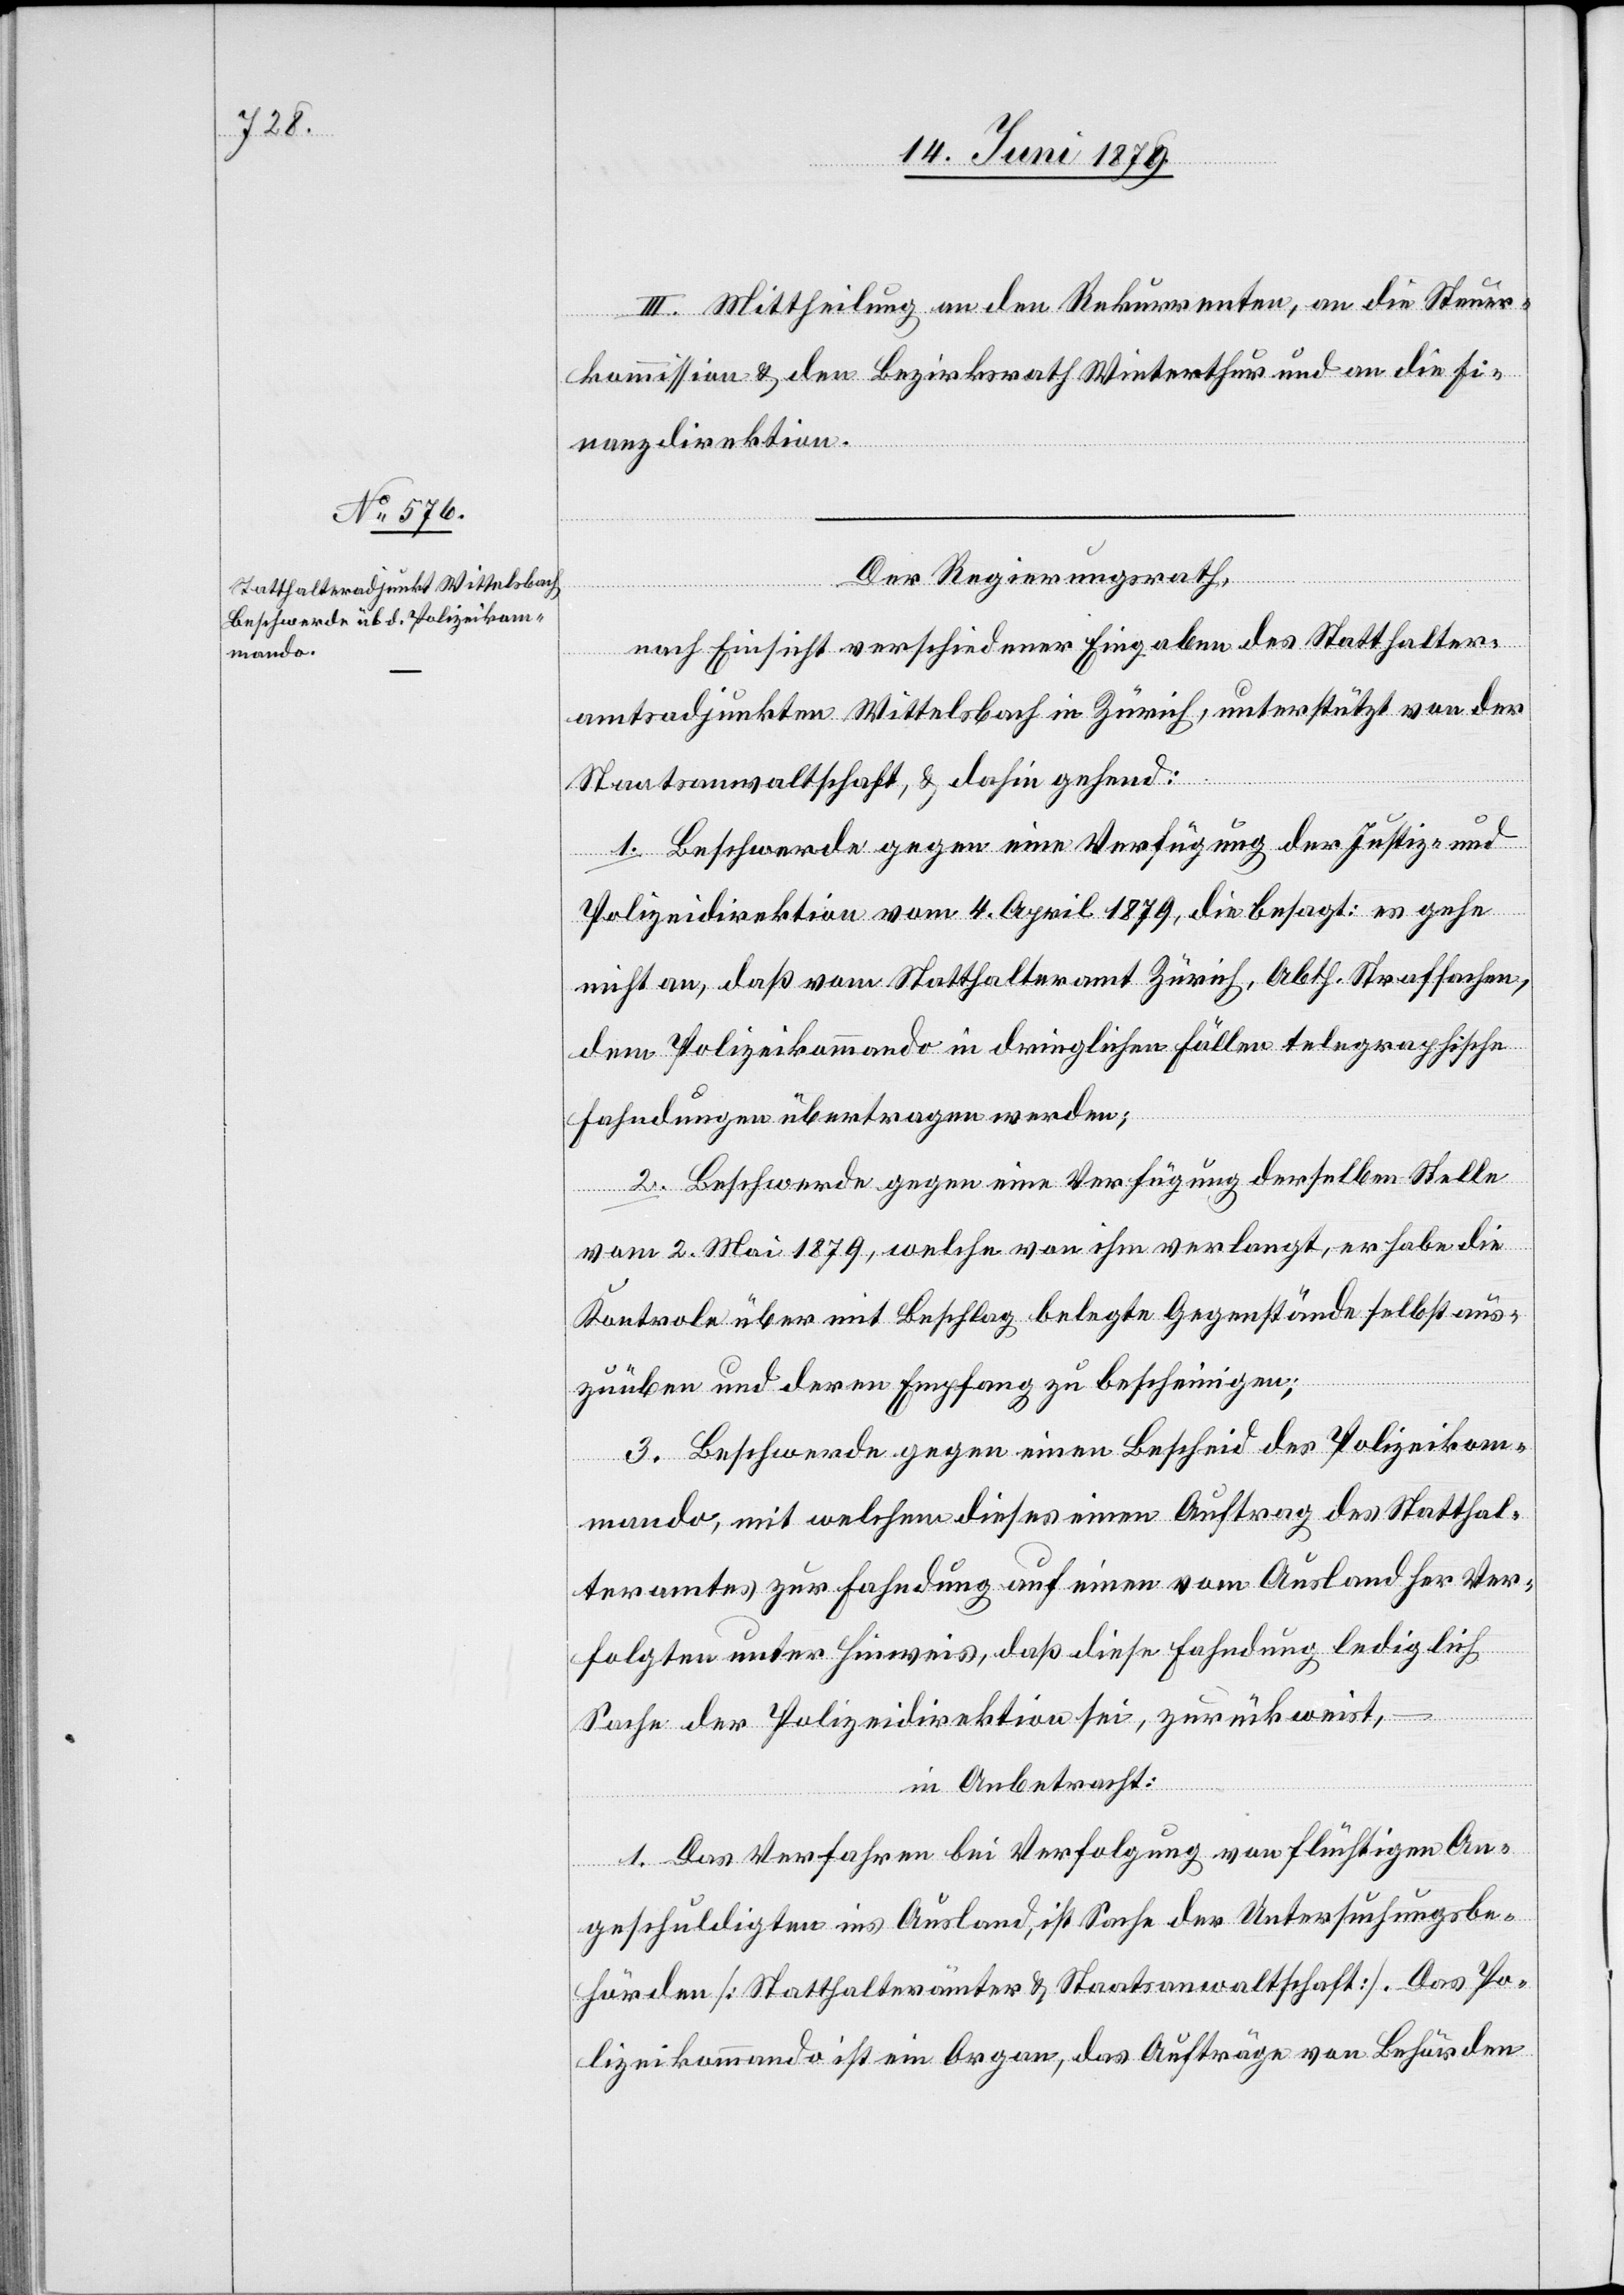
III. Mittheilung an den Rekurrenten, an die Steuer¬
kommission & den Bezirksrath Winterthur und an die Fi¬
nanzdirektion.
Der Regierungsrath,
nach Einsicht verschiedener Eingaben des Statthalter¬
amtsadjunkten Wittelsbach in Zürich, unterstützt von der
Staatsanwaltschaft, & dahin gehend:
1. Beschwerde gegen eine Verfügung der Justiz- &
Polizeidirektion vom 4. April 1879, die besagt: es gehe
nicht an, daß vom Statthalteramt Zürich, Abth. Strafsachen,
dem Polizeikommando in dringlichen Fällen telegraphische
Fahndungen übertragen werden;
2. Beschwerde gegen eine Verfügung derselben Stelle
vom 2. Mai 1879, welche von ihm verlangt, er habe die
Kontrole über mit Beschlag belegte Gegenstände selbst aus¬
zuüben und deren Empfang zu bescheinigen;
3. Beschwerde gegen einen Bescheid des Polizeikom¬
mando, mit welchem dieses einen Auftrag des Statthal¬
teramtes zur Fahndung auf einen vom Ausland her Ver¬
folgten unter Hinweis, daß diese Fahndung lediglich
Sache der Polizeidirektion sei, zurückweist,
in Anbetracht:
1. Das Verfahren bei Verfolgung von flüchtigen An¬
geschuldigten ins Ausland, ist Sache der Untersuchungsbe¬
hörden [Statthalterämter & Staatsanwaltschaft]. Das Po¬
lizeikommando ist ein Organ, das Aufträge von Behörden